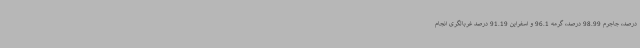
درصد، جاجرم 98.99 درصد، گرمه 96.1 و اسفراین 91.19 درصد غربالگری انجام